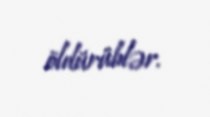
öldürüblər.